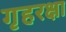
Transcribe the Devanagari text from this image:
गृहरक्षा